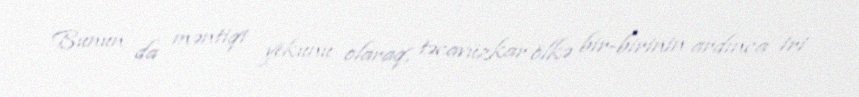
Bunun da məntiqi yekunu olaraq, təcavüzkar ölkə bir-birinin ardınca iri